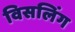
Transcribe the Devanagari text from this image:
विसलिंग